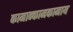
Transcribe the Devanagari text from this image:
कामान्कामकामाय